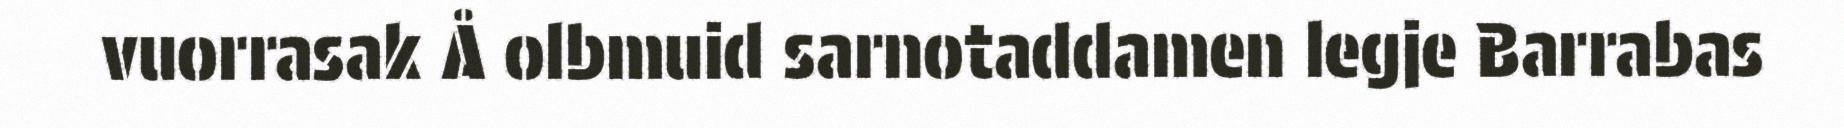
vuorrasak Å olbmuid sarnotaddamen legje Barrabas